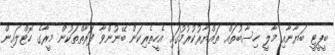
ބީޕީޓީ ބަޔާނާއި މާލީ ހިސާބުތައް ތައްޔާރުކުރުމުގައި އެހީތެރިކަން ބޭނުންވާ ފަރާތްތަކުން މީރާގެ ހޮޓްލައިން